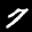
Label: 7